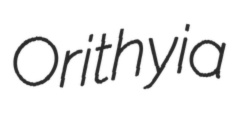
Orithyia